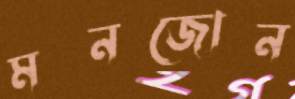
মনজোন